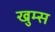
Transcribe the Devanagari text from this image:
खुम्स